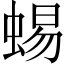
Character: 蜴